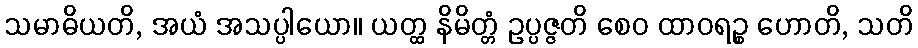
သမာဓိယတိ, အယံ အသပ္ပါယော။ ယတ္ထ နိမိတ္တံ ဥပ္ပဇ္ဇတိ စေဝ ထာဝရဉ္စ ဟောတိ, သတိ